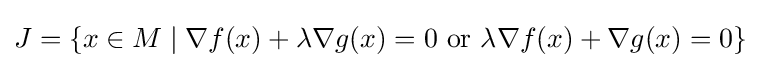
J=\{x\in M\mid \nabla {f(x)}+\lambda \nabla {g(x)}=0{\mbox{ or }}\lambda \nabla {f(x)}+\nabla {g(x)}=0\}